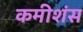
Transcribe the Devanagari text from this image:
कमीशंस